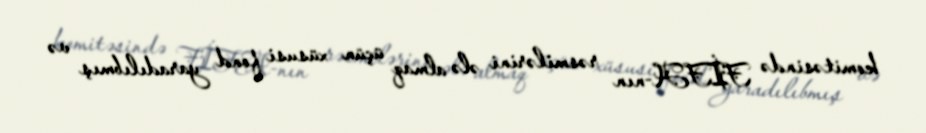
komitəsində FİFA-nın rəsmilərini ələ almaq üçün xüsusi fond yaradılıbmış və